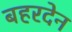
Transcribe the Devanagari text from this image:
बहरदेन